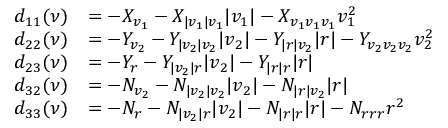
\begin{array} { r l } { d _ { 1 1 } ( \boldsymbol { \nu } ) } & { = - X _ { v _ { 1 } } - X _ { | v _ { 1 } | v _ { 1 } } | v _ { 1 } | - X _ { v _ { 1 } v _ { 1 } v _ { 1 } } v _ { 1 } ^ { 2 } } \\ { d _ { 2 2 } ( \boldsymbol { \nu } ) } & { = - Y _ { v _ { 2 } } - Y _ { | v _ { 2 } | v _ { 2 } } | v _ { 2 } | - Y _ { | r | v _ { 2 } } | r | - Y _ { v _ { 2 } v _ { 2 } v _ { 2 } } v _ { 2 } ^ { 2 } } \\ { d _ { 2 3 } ( \boldsymbol { \nu } ) } & { = - Y _ { r } - Y _ { | v _ { 2 } | r } | v _ { 2 } | - Y _ { | r | r } | r | } \\ { d _ { 3 2 } ( \boldsymbol { \nu } ) } & { = - N _ { v _ { 2 } } - N _ { | v _ { 2 } | v _ { 2 } } | v _ { 2 } | - N _ { | r | v _ { 2 } } | r | } \\ { d _ { 3 3 } ( \boldsymbol { \nu } ) } & { = - N _ { r } - N _ { | v _ { 2 } | r } | v _ { 2 } | - N _ { | r | r } | r | - N _ { r r r } r ^ { 2 } } \end{array}